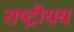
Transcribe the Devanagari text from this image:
राष्ट्रीयय